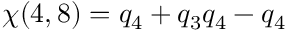
\chi ( 4 , 8 ) = q _ { 4 } + q _ { 3 } q _ { 4 } - q _ { 4 }